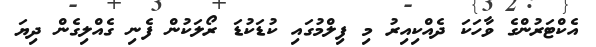
އެކްޓަރުންގެ ވާހަކަ ދެއްކިއިރު މި ފިލްމުގައި ކުޑަކުޑަ ރޯލަކުން ފެނި ގެއްލިގެން ދިޔަ